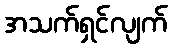
အသက်ရှင်လျက်